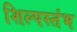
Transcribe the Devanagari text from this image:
शिल्पस्तंभ